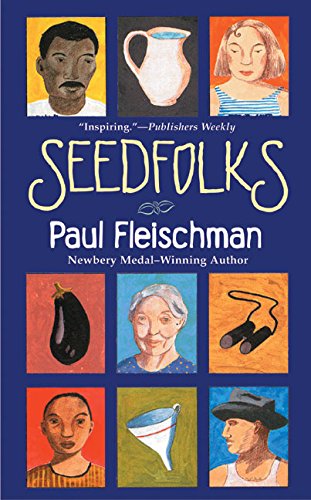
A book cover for Seedfolks; Paul Fleischman; Teen & Young Adult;